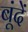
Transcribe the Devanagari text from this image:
बूंंदें